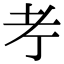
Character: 𦒱